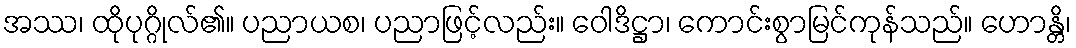
အဿ၊ ထိုပုဂ္ဂိုလ်၏။ ပညာယစ၊ ပညာဖြင့်လည်း။ ဝေါဒိဋ္ဌာ၊ ကောင်းစွာမြင်ကုန်သည်။ ဟောန္တိ၊